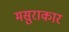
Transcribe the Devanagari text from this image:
मसुराकार